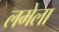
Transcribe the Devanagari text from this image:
लमेला